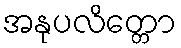
အနုပလိတ္တော